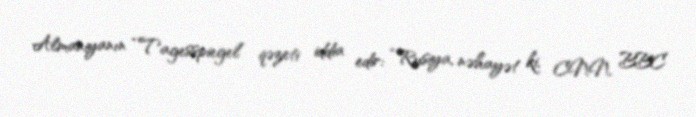
Almaniyanın “Tagesspiegel” qəzeti iddia edir: “Rusiya, nəhayət ki, CNN, BBC